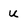
Character: u